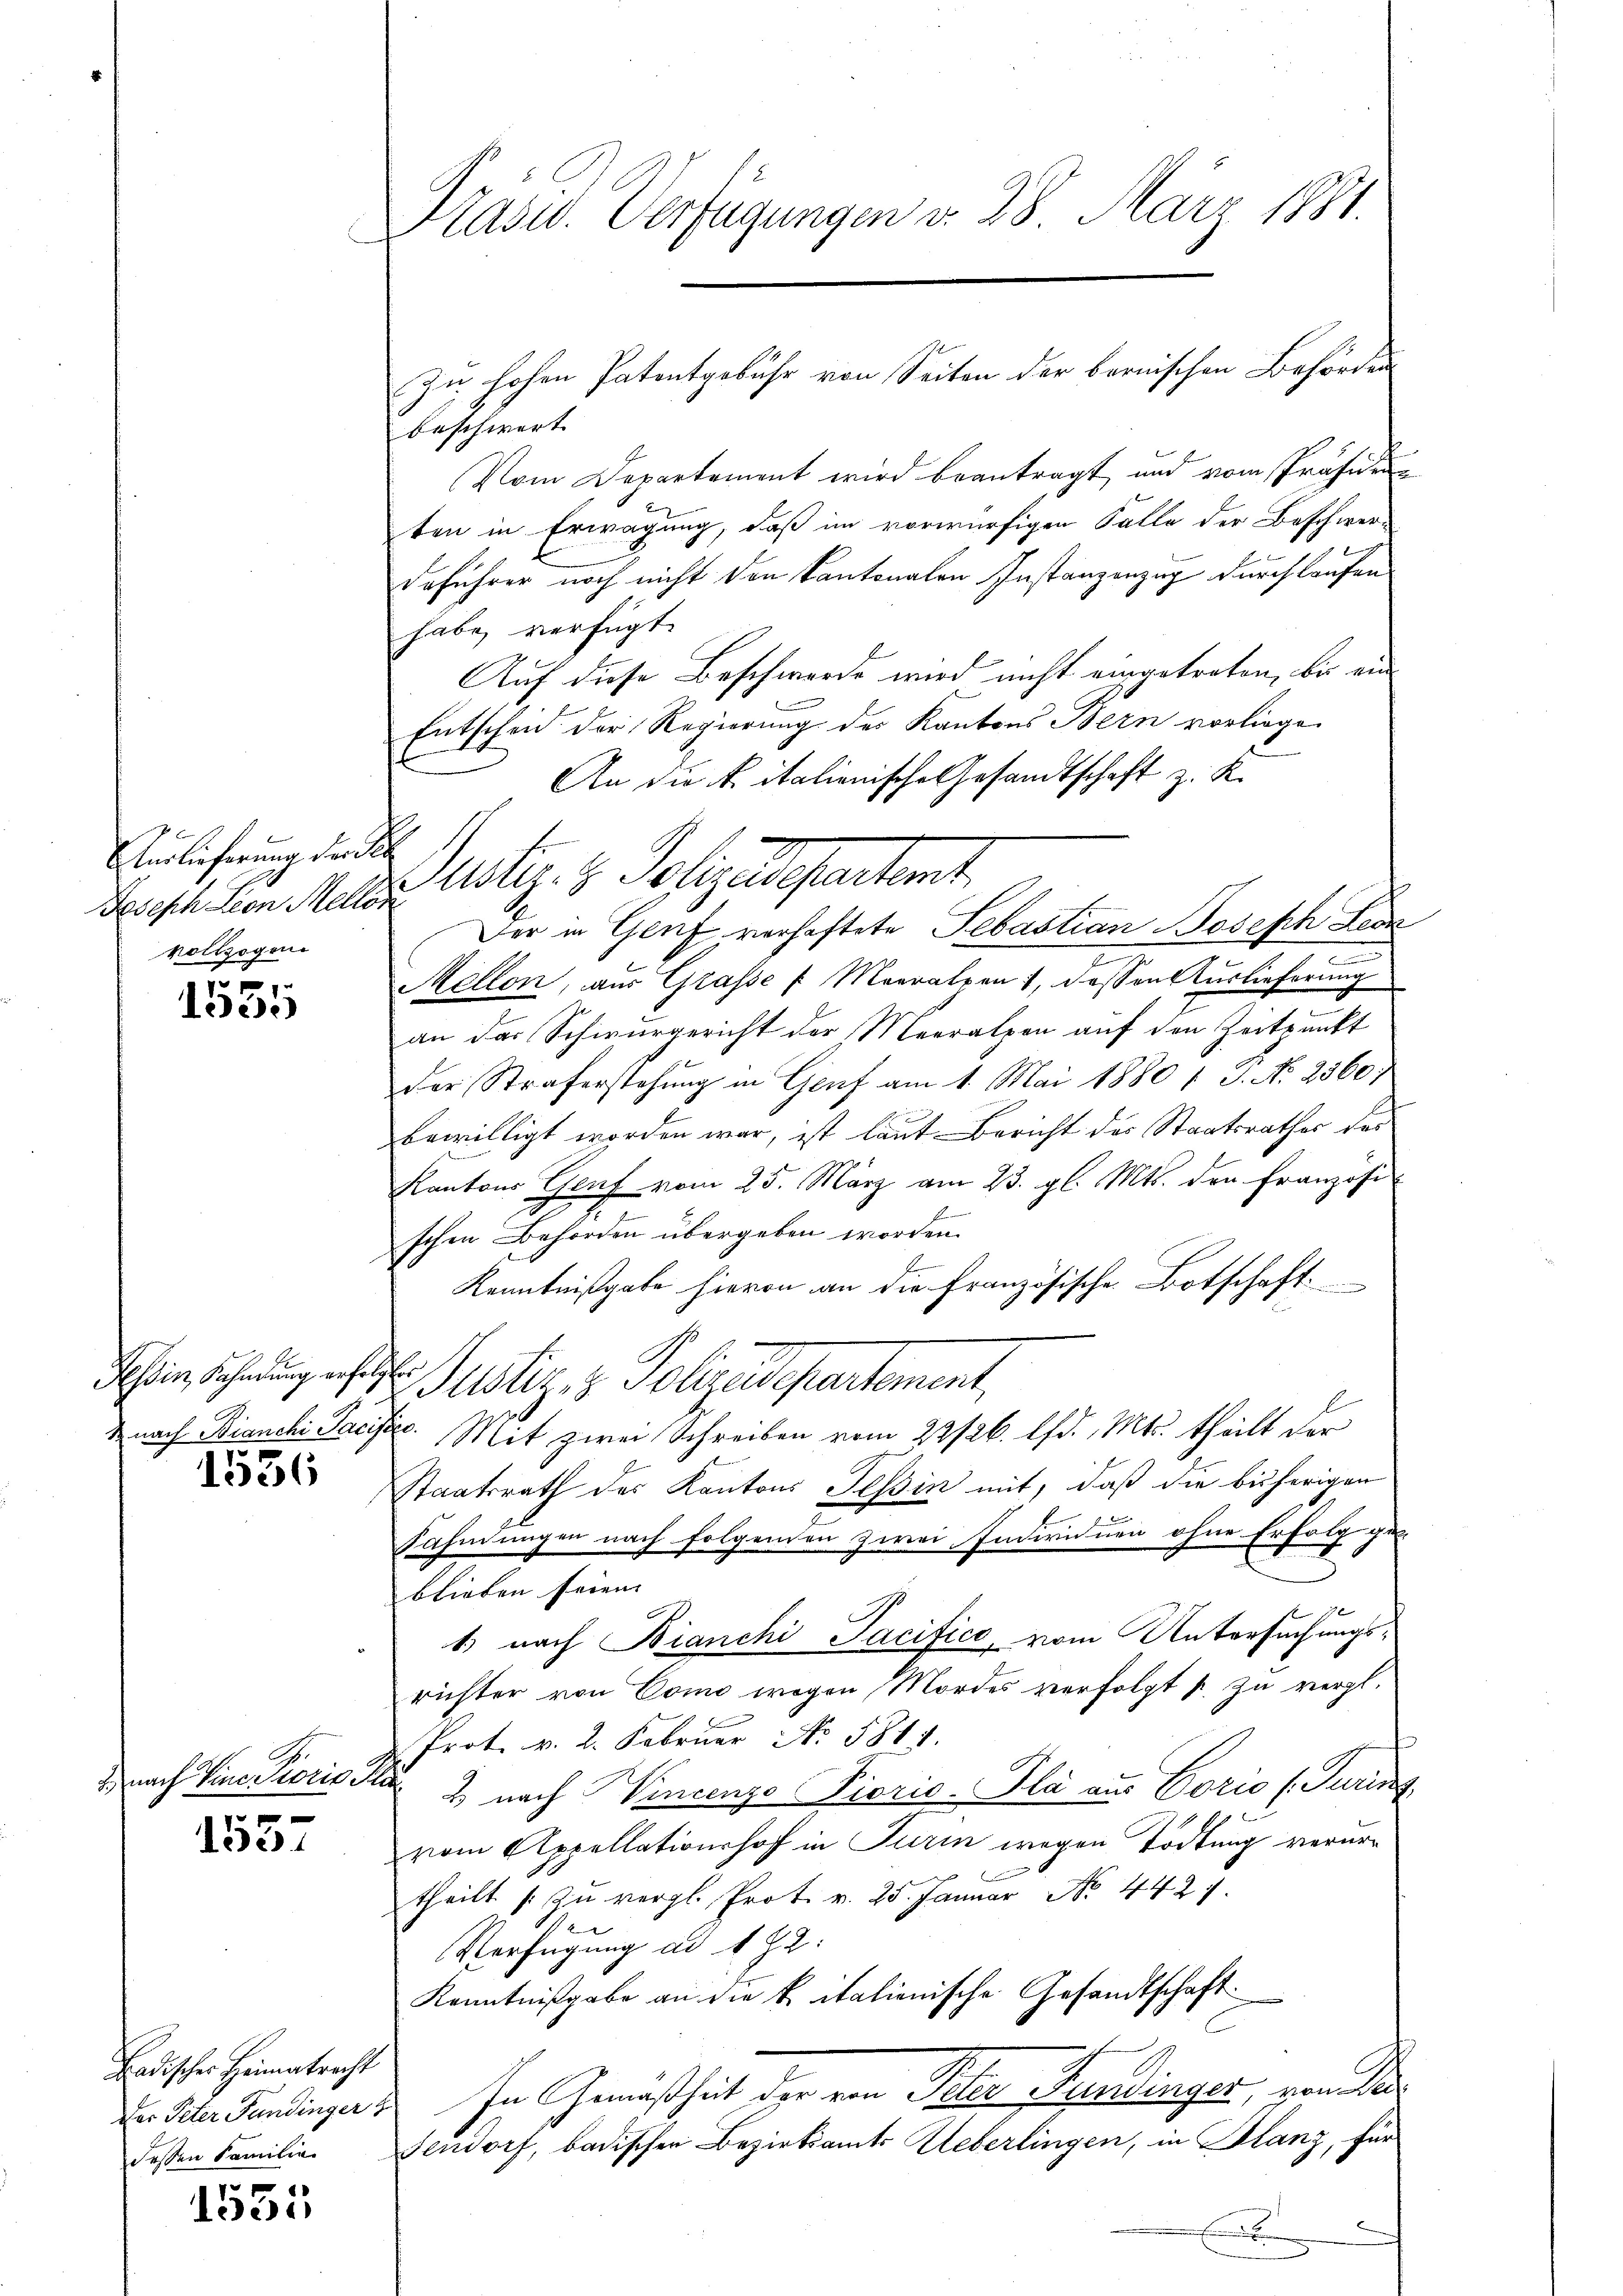
Auslieferung der
vollzogen

.
Idee

Tessin, Bahndung erfolgten
1 nach Bianchi Taci
1

1256

2.) nach Eine Prioris Pla¬

1557

badischer Heimatrecht
Der Peter Fundinger
dessen Familie

x
153

Präsid. Verfügungen d. 28. März 1881.

beschwert
Vom Departement wird beantragt, und vom Präsiden
ten in Erwägung, daß im vorwürfigen Falle der Beschwerdeführer noch nicht den Kantonalen Instanzenzug durchlaufen
habe verfügt:
Auf diese Beschwerde wird nicht eingetreten, bis ein
Entscheid der Regierung des Kantons Bern vorliegen
An die K. italienische Gesandtschaft z. K.
.
e
Mellon, aŭs Grasse u Moralien 1, dassen Aŭslieferŭng
an das Schwurgericht der Meeralpen auf den Zeitpunkt
Der Straferstehung in Genf am 1. Mai 1880 1 P. Nr. 2560
bewilligt worden war, ist laut Bericht der Staatsrathes des
Kantons Genf vom 25. März am 23. gl. Mts. den Französi
schen Behörden übergeben worden.
Kenntnißgabe hievon an die Französische Botschaft
Justiz & Polirendepartement,
h
Mit zwei Schreiben vom 22/26. lfd. Mts. theilt der
Staatsrath des Kantons Tessin mit, daß die bisherigen
sahnungen nach folgenden zwei Individuen ohne Erfolg ge-
blieben seien.
1) nach Bianchi Jacifice, vom Untersuchungsrichter von Como wegen Mordes verfolgt u. zu vergl.
frot. v. 2. Februar No. 5814.
& nach Vincenzo Piorić. Pla aus Corio (Turing
vom Appellationshof in Turin wegen Tödtung verurtheilt zu vergl. Prot. v. 25. Januar No. 442
Verfügung ad 1. 22.
Kenntnißgabe an die k. italienische Gesandtschaft
In Gemäß hat der von Peter Syndinger, von de
Fendorf, badischen Bezirksamts Ueberlingen, in Blanz, für
E

Paschikon alter Astiz- & Polizeidepartemt

zu hohen Patentgebühr von Seiten der bernischen Behörden

Der in Genf verhaftete Sebastian Boseph Leon